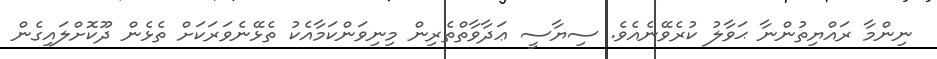
ނިންމާ ރައްޔިތުންނާ ޙަވާލު ކުރެވޭނެއެވެ. ސިޔާސީ ޢަދާވާތްތެރިން މިނިވަންކަމާއެކު ތެޅޭނެވަރަކަށް ތެޅެން ދޫކޮށްލައިގެން